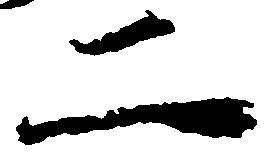
二